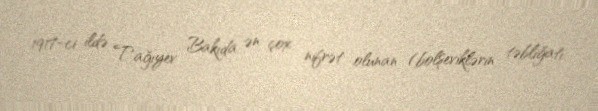
1917-ci ildə Tağıyev Bakıda ən çox nifrət olunan (bolşeviklərin təbliğatı